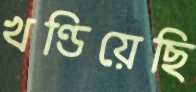
খণ্ডিয়েছি